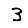
Digit: 3